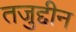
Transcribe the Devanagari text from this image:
तजुद्दीन